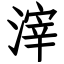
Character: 滓